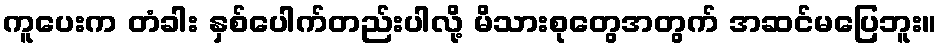
ကူပေးက တံခါး နှစ်ပေါက်တည်းပါလို့ မိသားစုတွေအတွက် အဆင်မပြေဘူး။